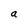
Character: a